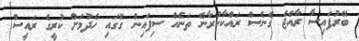
ބޭރުފައިސާ ރާއްޖެ ގެނެސް ރައްކާކުރާނެ ތަނެއް ސިފައިން ގޭގައި ހެދުމަށް ކުރީގެ ރައީސް